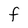
Character: f